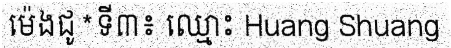
ម៉េងជូ*ទី៣៖ ឈ្មោះ Huang Shuang